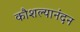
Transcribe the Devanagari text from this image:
कौशल्यानंदन